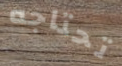
تحتاجه